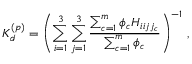
K _ { d } ^ { ( p ) } = \left( \sum _ { i = 1 } ^ { 3 } \sum _ { j = 1 } ^ { 3 } \frac { \sum _ { c = 1 } ^ { m } \phi _ { c } H _ { i i j j _ { c } } } { \sum _ { c = 1 } ^ { m } \phi _ { c } } \right) ^ { - 1 } \, ,